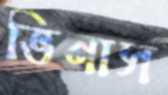
ভিনাস